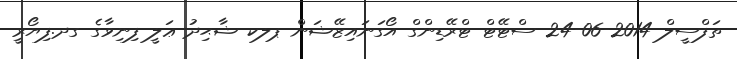
ތަފްސީލް 2014-06-24 ސްޓޭޓް ޓްރޭޑިންގް އޯގަނައިޒޭޝަން ޕލކ ޝާޙިދު ޢަލީ ފިނިވާގެ ގދ.ފިޔޯރީ